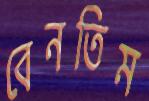
বেনতিম